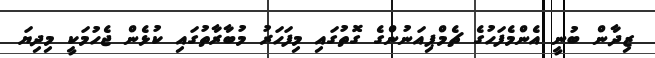
ޒިދާން ބުނީ އެންމެފަހުގެ ޗެމްޕިއަނުންގެ ގޮތުގައި މިފަހަރު މުބާރާތުގައި ކުޅެން ޖެހުމަކީ މިދިޔަ